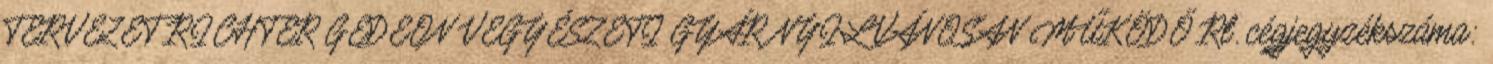
TERVEZET RICHTER GEDEON VEGYÉSZETI GYÁR NYILVÁNOSAN MŰKÖDŐ Rt. cégjegyzékszáma: